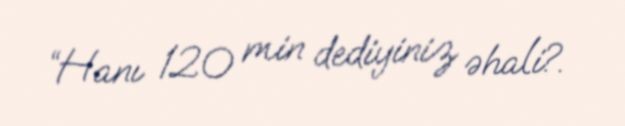
“Hanı 120 min dediyiniz əhali?.